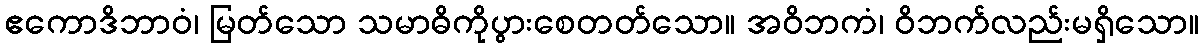
ဧကောဒိဘာဝံ၊ မြတ်သော သမာဓိကိုပွားစေတတ်သော။ အဝိဘကံ၊ ဝိဘက်လည်းမရှိသော။